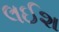
લઈશ